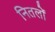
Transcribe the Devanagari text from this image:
नितलों